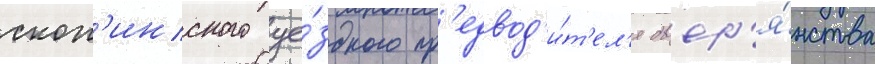
скоп'инского уе́здного пр'едвод'и́т'ел'я двор'я́нства